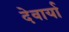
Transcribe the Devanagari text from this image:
देवार्या